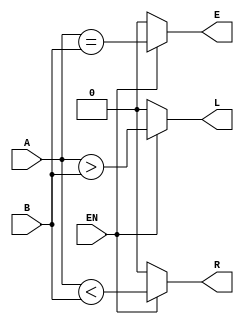
`timescale 1ns / 1ps
//////////////////////////////////////////////////////////////////////////////////
// Company: 
// Engineer: 
// 
// Design Name: 
// Module Name: Comparator
// Project Name: 
// Target Devices: 
// Tool Versions: 
// Description: 
// 
// Dependencies: 
// 
// Revision:
// Revision 0.01 - File Created
// Additional Comments:
// 
//////////////////////////////////////////////////////////////////////////////////


module Comparator(
    input [3:0] A,
    input [3:0] B,
    input  EN,
    output L,
    output E,
    output R
    );
assign L=(EN==1'b1)?(A>B):1'b0;
assign E=(EN==1'b1)?(A==B):1'b0;
assign R=(EN==1'b1)?(A<B):1'b0;
endmodule